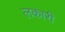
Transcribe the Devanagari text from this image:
लकारी